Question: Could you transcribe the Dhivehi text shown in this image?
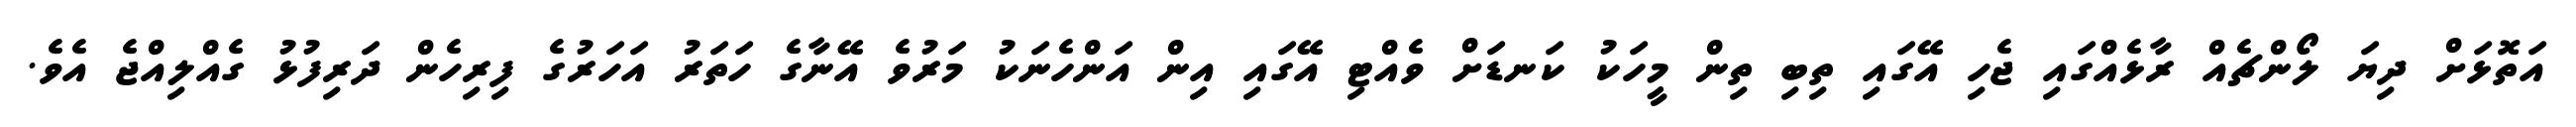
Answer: އަތޮޅަށް ދިޔަ ލޯންޗެއް ރާޅެއްގައި ޖެހި އޭގައި ތިބި ތިން މީހަކު ކަނޑަށް ވެއްޓި އޭގައި އިން އަންހެނަކު މަރުވެ އޭނާގެ ހަތަރު އަހަރުގެ ފިރިހެން ދަރިފުޅު ގެއްލިއްޖެ އެވެ.